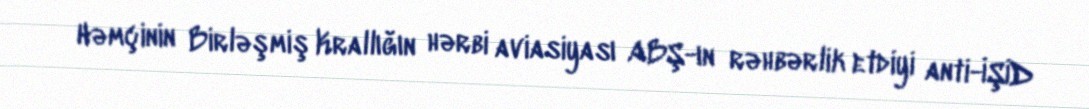
Həmçinin Birləşmiş Krallığın hərbi aviasiyası ABŞ-ın rəhbərlik etdiyi anti-İŞİD